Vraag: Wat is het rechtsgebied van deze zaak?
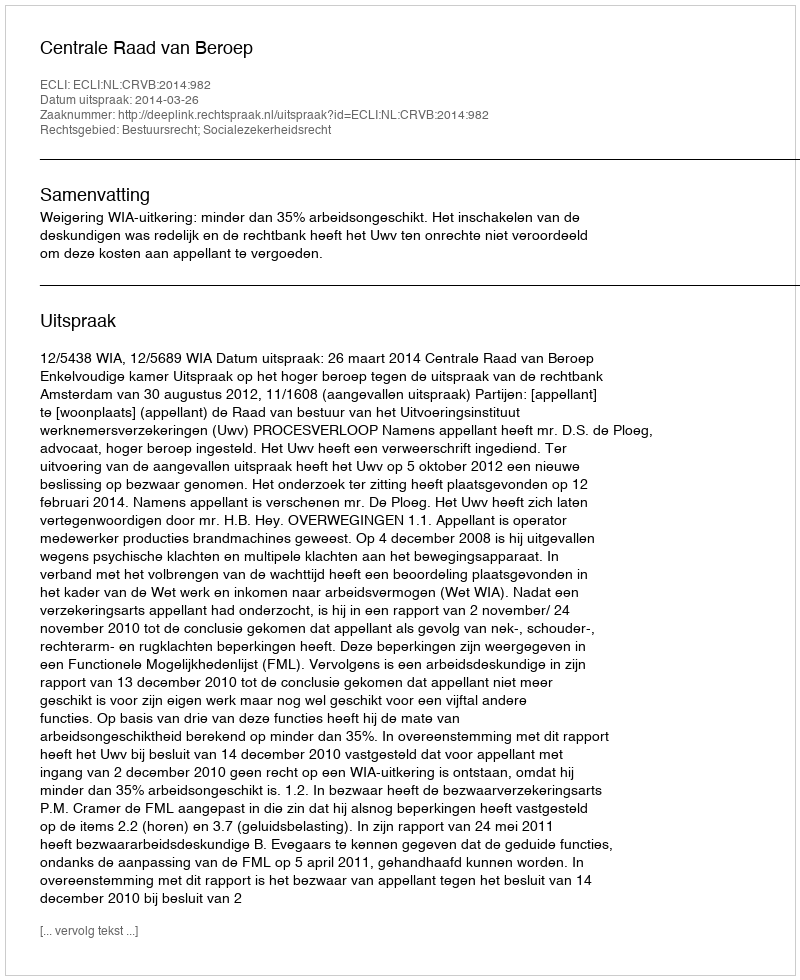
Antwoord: Bestuursrecht; Socialezekerheidsrecht